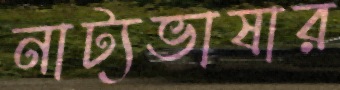
নাট্যভাষার